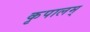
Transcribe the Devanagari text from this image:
कृपालम्